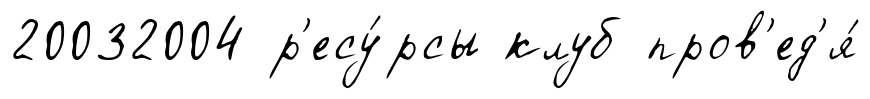
20032004 р'есу́рсы клуб пров'ед'я́